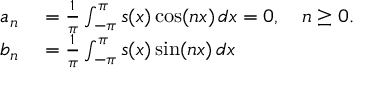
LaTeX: \begin{array} { r l } { a _ { n } } & { { } = { \frac { 1 } { \pi } } \int _ { - \pi } ^ { \pi } s ( x ) \cos ( n x ) \, d x = 0 , \quad n \geq 0 . } \\ { b _ { n } } & { { } = { \frac { 1 } { \pi } } \int _ { - \pi } ^ { \pi } s ( x ) \sin ( n x ) \, d x } \end{array}